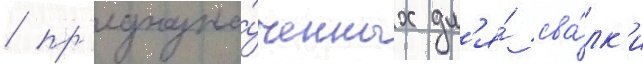
/ пр'едназна́ченных дл'я́ сва́лк'и